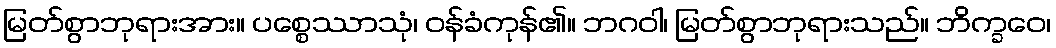
မြတ်စွာဘုရားအား။ ပစ္စေဿာသုံ၊ ဝန်ခံကုန်၏။ ဘဂဝါ၊ မြတ်စွာဘုရားသည်။ ဘိက္ခဝေ၊